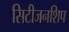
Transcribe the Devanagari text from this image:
सिटीजनशिप